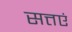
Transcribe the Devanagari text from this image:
सत्तएं